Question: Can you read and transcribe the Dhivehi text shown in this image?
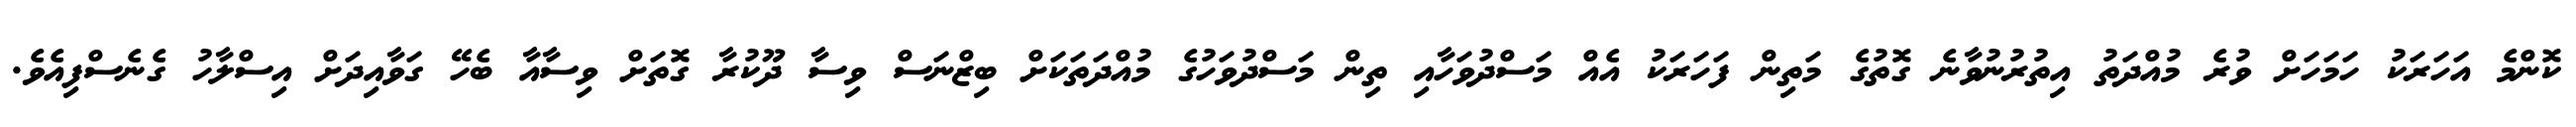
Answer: ކޮންމެ އަހަރަކު ހަމަހަށް ވުރެ މުއްދަތު އިތުރުނުވާނެ ގޮތުގެ މަތިން ފަހަރަކު އެއް މަސްދުވަހާއި ތިން މަސްދުވަހުގެ މުއްދަތަކަށް ބިޒްނަސް ވިސާ ދޫކުރާ ގޮތަށް ވިސާއާ ބެހޭ ގަވާއިދަށް އިސްލާހު ގެނެސްފިއެވެ.